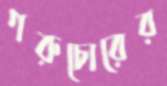
গরুচোরের